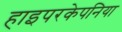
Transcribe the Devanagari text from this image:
हाइपरकेपनिया